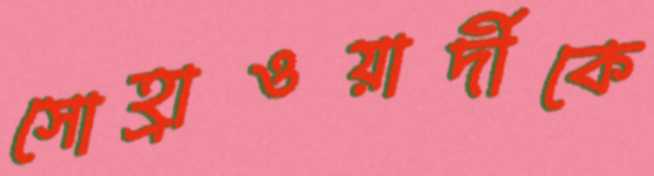
সোহ্রাওয়ার্দীকে